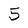
Character: 5